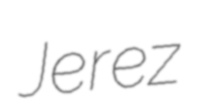
Jerez